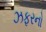
ઝફરનો